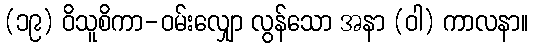
(၁၉) ဝိသူစိကာ-ဝမ်းလျှော လွန်သော အနာ (ဝါ) ကာလနာ။